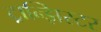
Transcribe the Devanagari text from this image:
ट्रान्झिस्टर